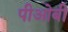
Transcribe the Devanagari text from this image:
पीओबी